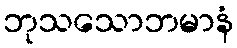
ဘုသသောဘမာနံ